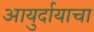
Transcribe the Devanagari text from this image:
आयुर्दायाचा